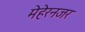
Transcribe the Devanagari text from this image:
मेहेरनजर